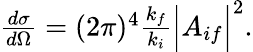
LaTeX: \begin{array}{r}{\frac{d\sigma}{d\Omega}=(2\pi)^{4}\frac{k_{f}}{k_{i}}\Big\vert A_{if}\Big\vert^{2}.}\end{array}